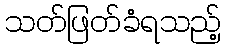
သတ်ဖြတ်ခံရသည့်